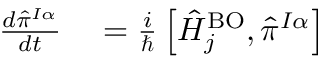
\begin{array} { r l } { \frac { d { \hat { \pi } } ^ { I \alpha } } { d t } } & { { } = \frac i { \hbar } \left[ \hat { H } _ { j } ^ { \mathrm { B O } } , { \hat { \pi } ^ { I \alpha } } \right] } \end{array}